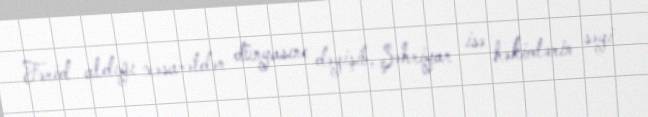
Fərid aldığı xəsarətdən dünyasını dəyişib, Şəhriyar isə həkimlərin səyi